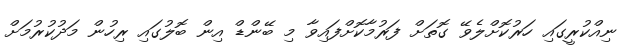
ނިއްކުރީގައި ހަރުކޮށްލެވޭ ގޮތަށް ފަރުމާކޮށްފައިވާ މި ބޭންޑް އިން ބޮލުގައި ރިހުން މަދުކުރުމަށް